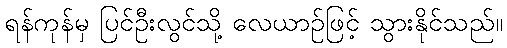
ရန်ကုန်မှ ပြင်ဦးလွင်သို့ လေယာဉ်ဖြင့် သွားနိုင်သည်။